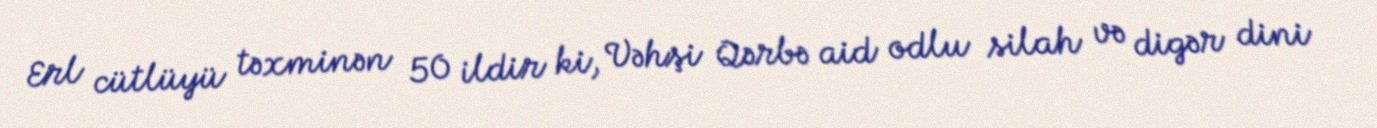
Erl cütlüyü təxminən 50 ildir ki, Vəhşi Qərbə aid odlu silah və digər dini